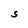
Character: S